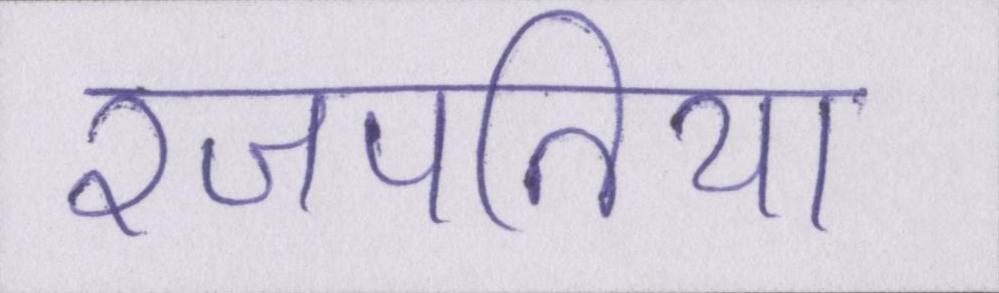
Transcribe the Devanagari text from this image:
रजपतिया